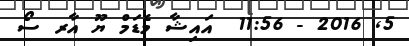
5